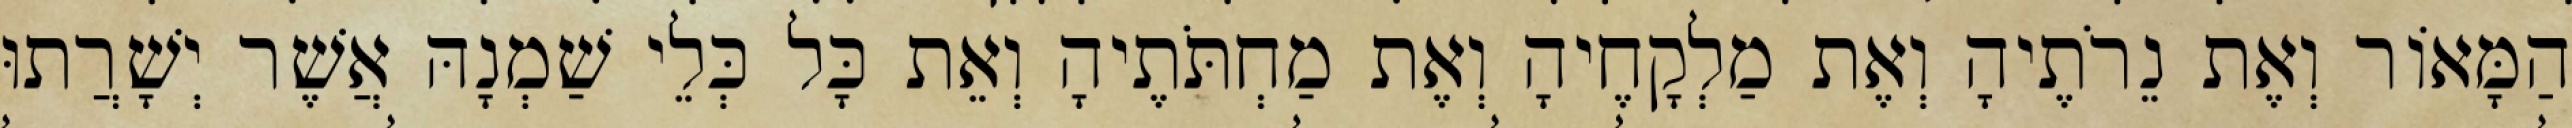
הַמָּאוֹר וְאֶת נֵרֹתֶיהָ וְאֶת מַלְקָחֶיהָ וְאֶת מַחְתֹּתֶיהָ וְאֵת כָּל כְּלֵי שַׁמְנָהּ אֲשֶׁר יְשָׁרֲתוּ